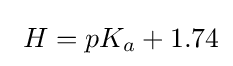
\ H=pK_{a}+1.74